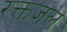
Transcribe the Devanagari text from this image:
रक्तजल